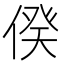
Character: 𠊾